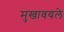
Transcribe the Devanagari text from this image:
मुखावयले